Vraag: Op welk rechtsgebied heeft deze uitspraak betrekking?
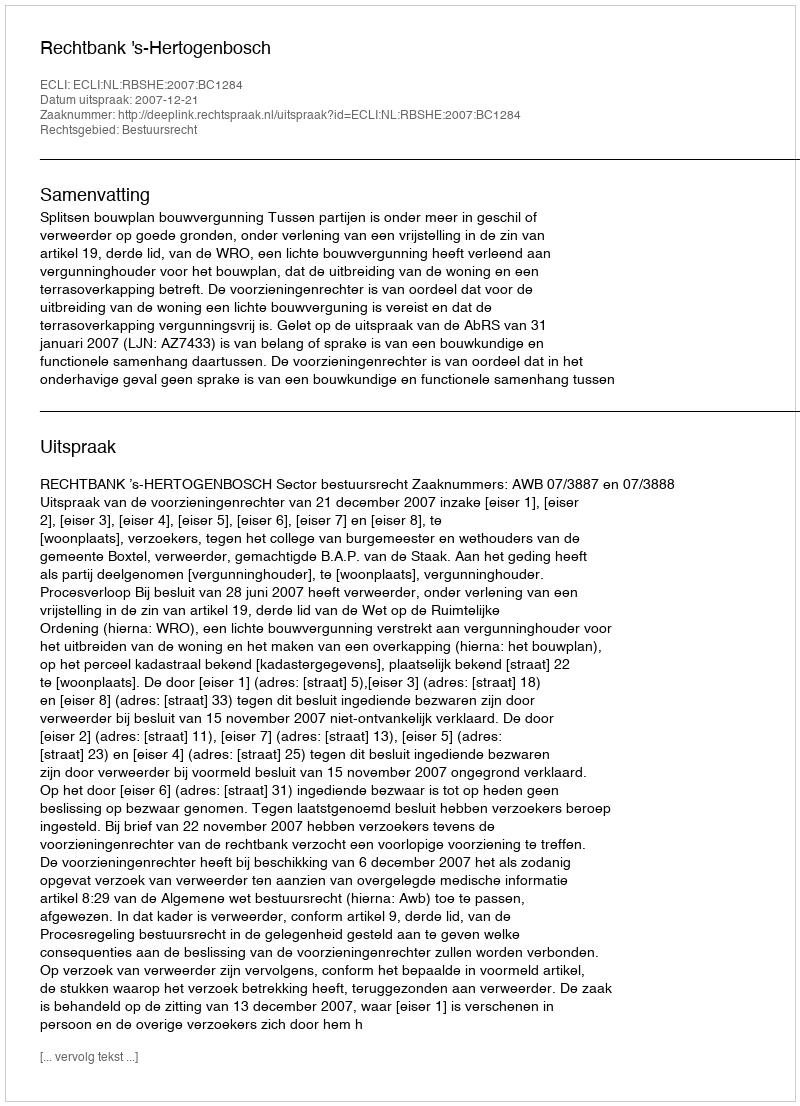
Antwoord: Bestuursrecht